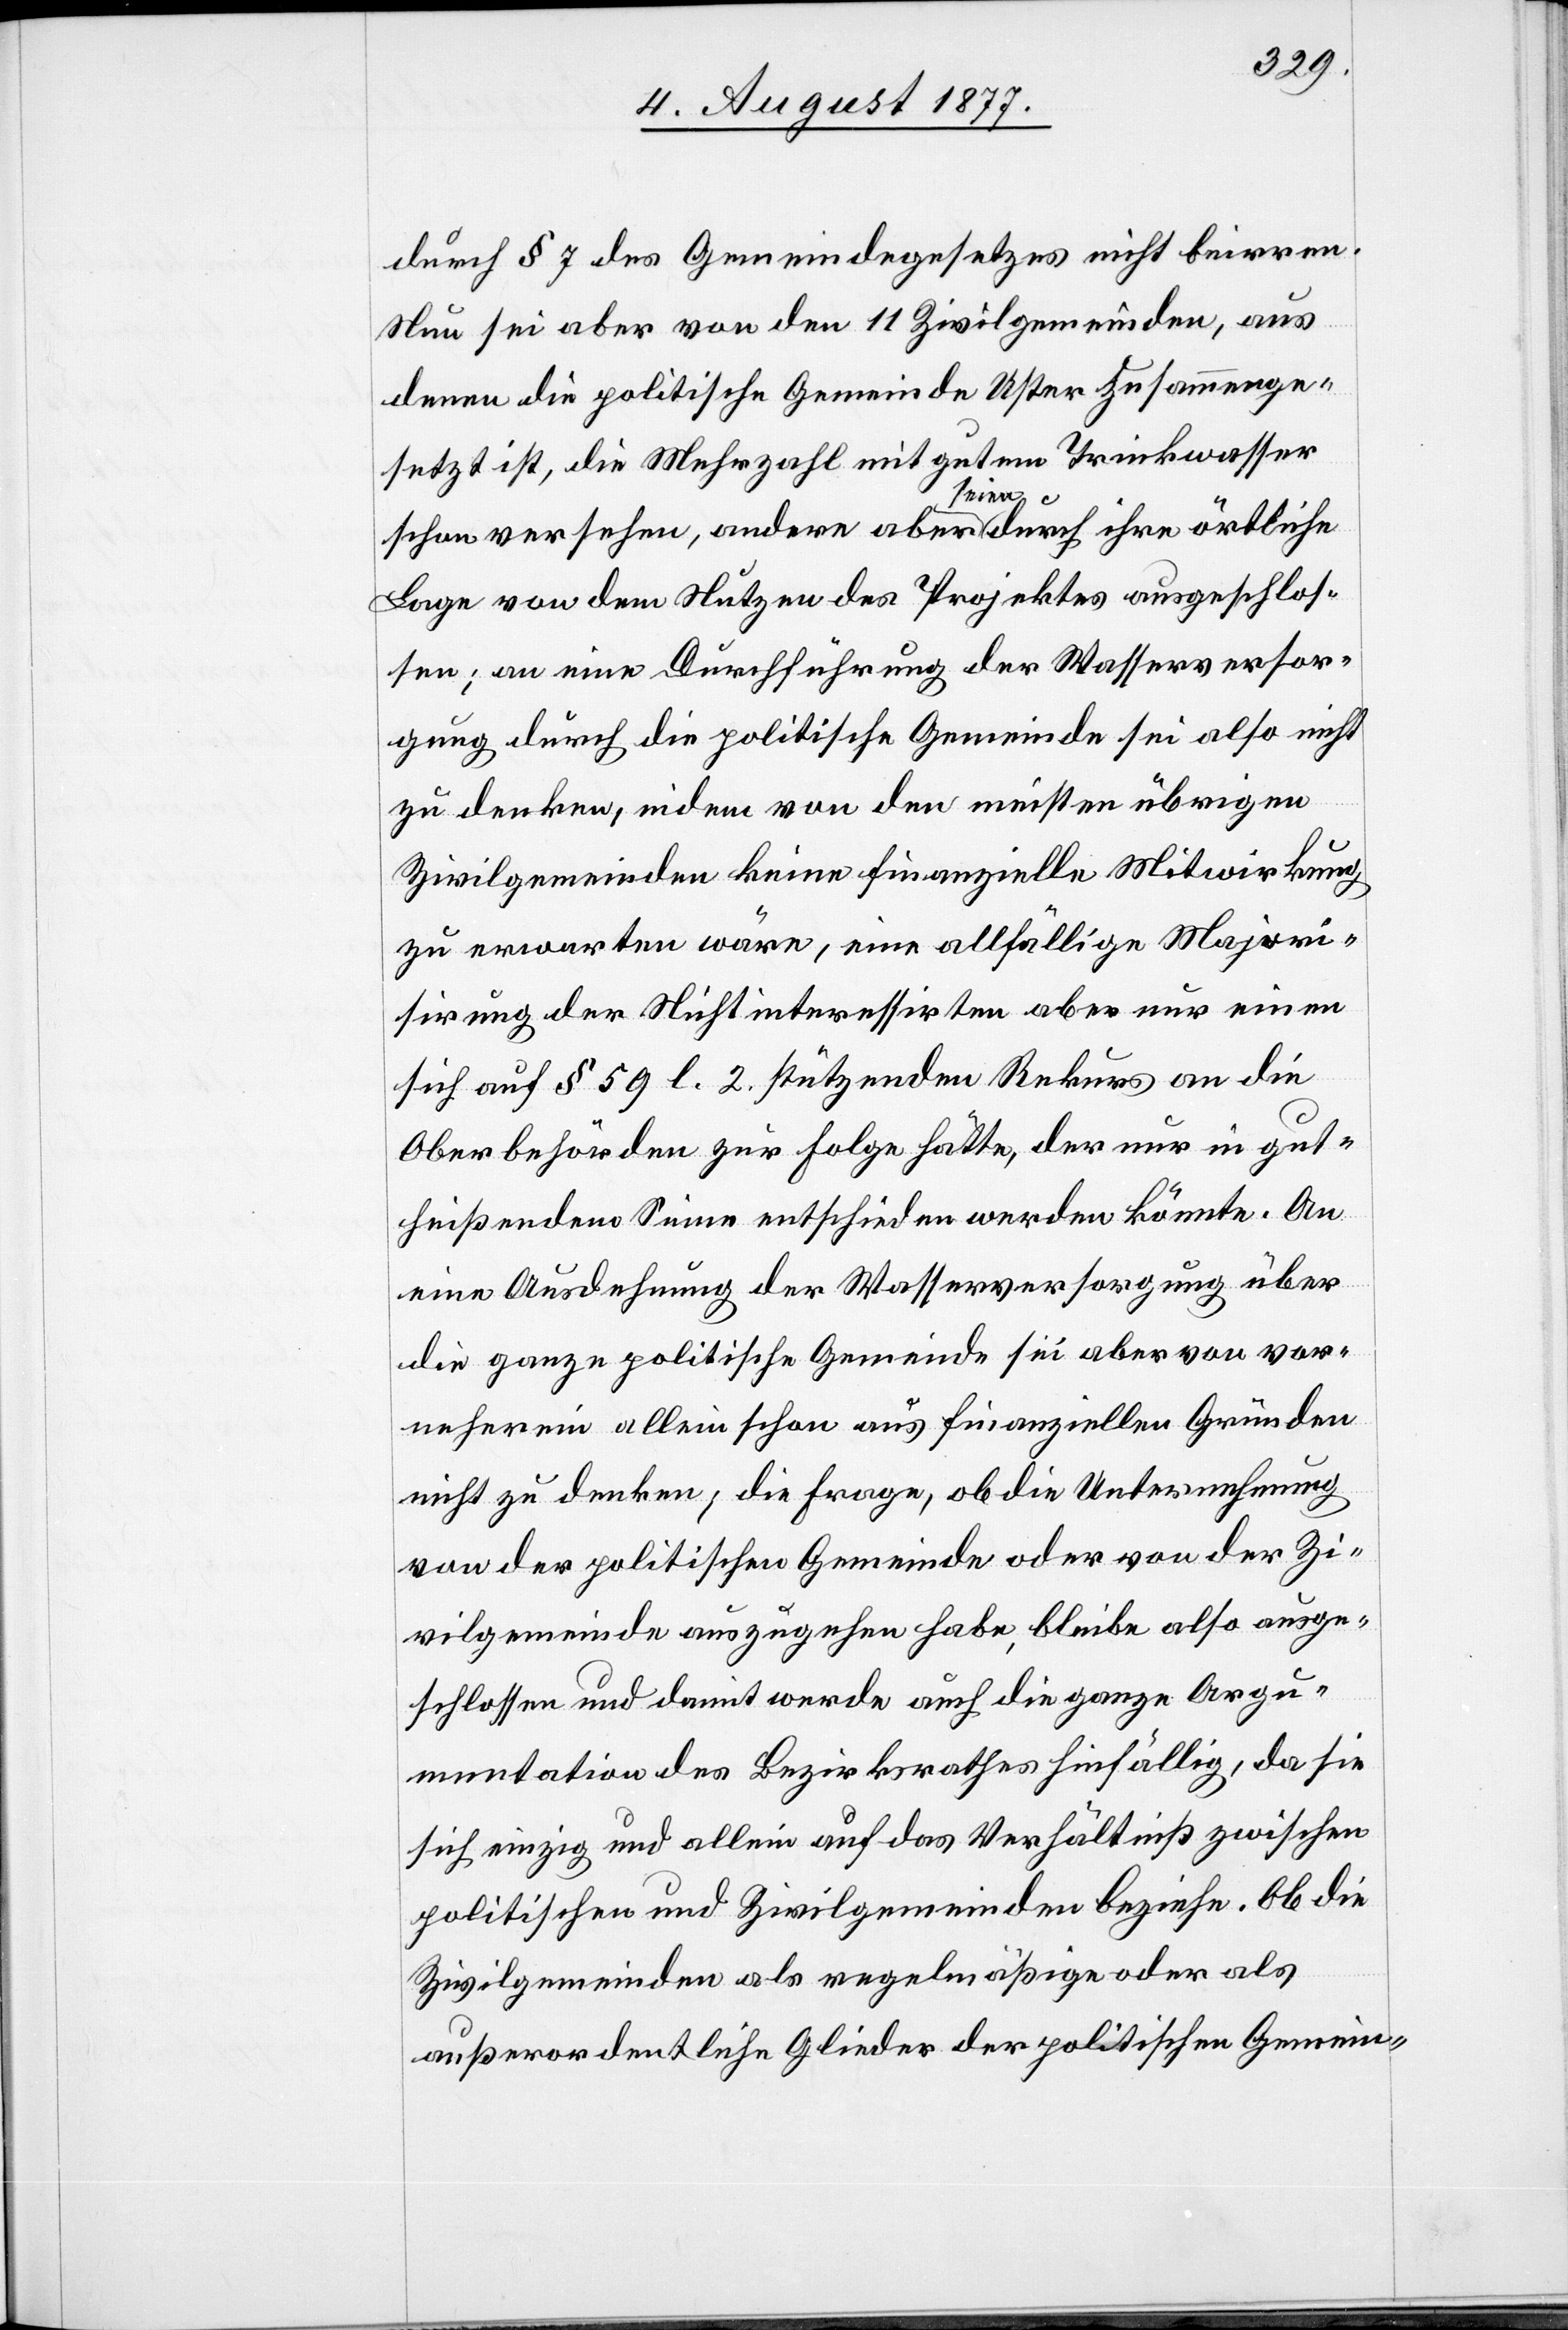
durch § 7 des Gemeindegesetzes nicht beirren.
Nun sei aber von den 11 Zivilgemeinden, aus
denen die politische Gemeinde Uster zusammenge¬
setzt ist, die Mehrzahl mit gutem Trinkwasser
schon versehen, andere aber seien durch ihre örtliche
Lage von dem Nutzen des Projektes ausgeschlos¬
sen; an eine Durchführung der Wasserversor¬
gung durch die politische Gemeinde sei also nicht
zu denken, indem von den meisten übrigen
Zivilgemeinden keine finanzielle Mitwirkung
zu erwarten wäre, eine allfällige Majori¬
sirung der Nichtinteressirten aber nur einen
sich auf § 59 l. 2. stützenden Rekurs an die
Oberbehörden zur Folge hätte, der nur in gut¬
heißendem Sinne entschieden werden könnte. An
eine Ausdehnung der Wasserversorgung über
die ganze politische Gemeinde sei aber von vor¬
neherein allein schon aus finanziellen Gründen
nicht zu denken; die Frage, ob die Unternehmung
von der politischen Gemeinde oder von der Zi¬
vilgemeinde auszugehen habe, bleibe also ausge¬
schlossen und damit werde auch die ganze Argu¬
mentation des Bezirksrathes hinfällig, da sie
sich einzig und allein auf das Verhältniß zwischen
politischen und Zivilgemeinden beziehe. Ob die
Zivilgemeinden als regelmäßige oder als
außerordentliche Glieder der politischen Gemein-